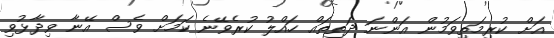
އަށް ކުރިމަތިވަމުން އަންނަ ދަތިތައް ހައްލު ކުރެވޭނެ ކަމަށް ވެސް އޭނާ ވިދާޅުވި